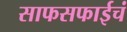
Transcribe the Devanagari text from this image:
साफसफाईचं